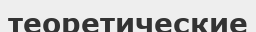
теоретические